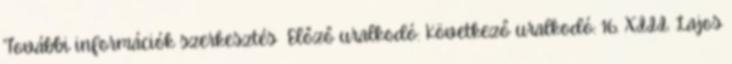
További információk szerkesztés Előző uralkodó: Következő uralkodó: 16. XIII. Lajos